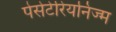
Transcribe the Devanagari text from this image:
पेसेटेरियनिज्म